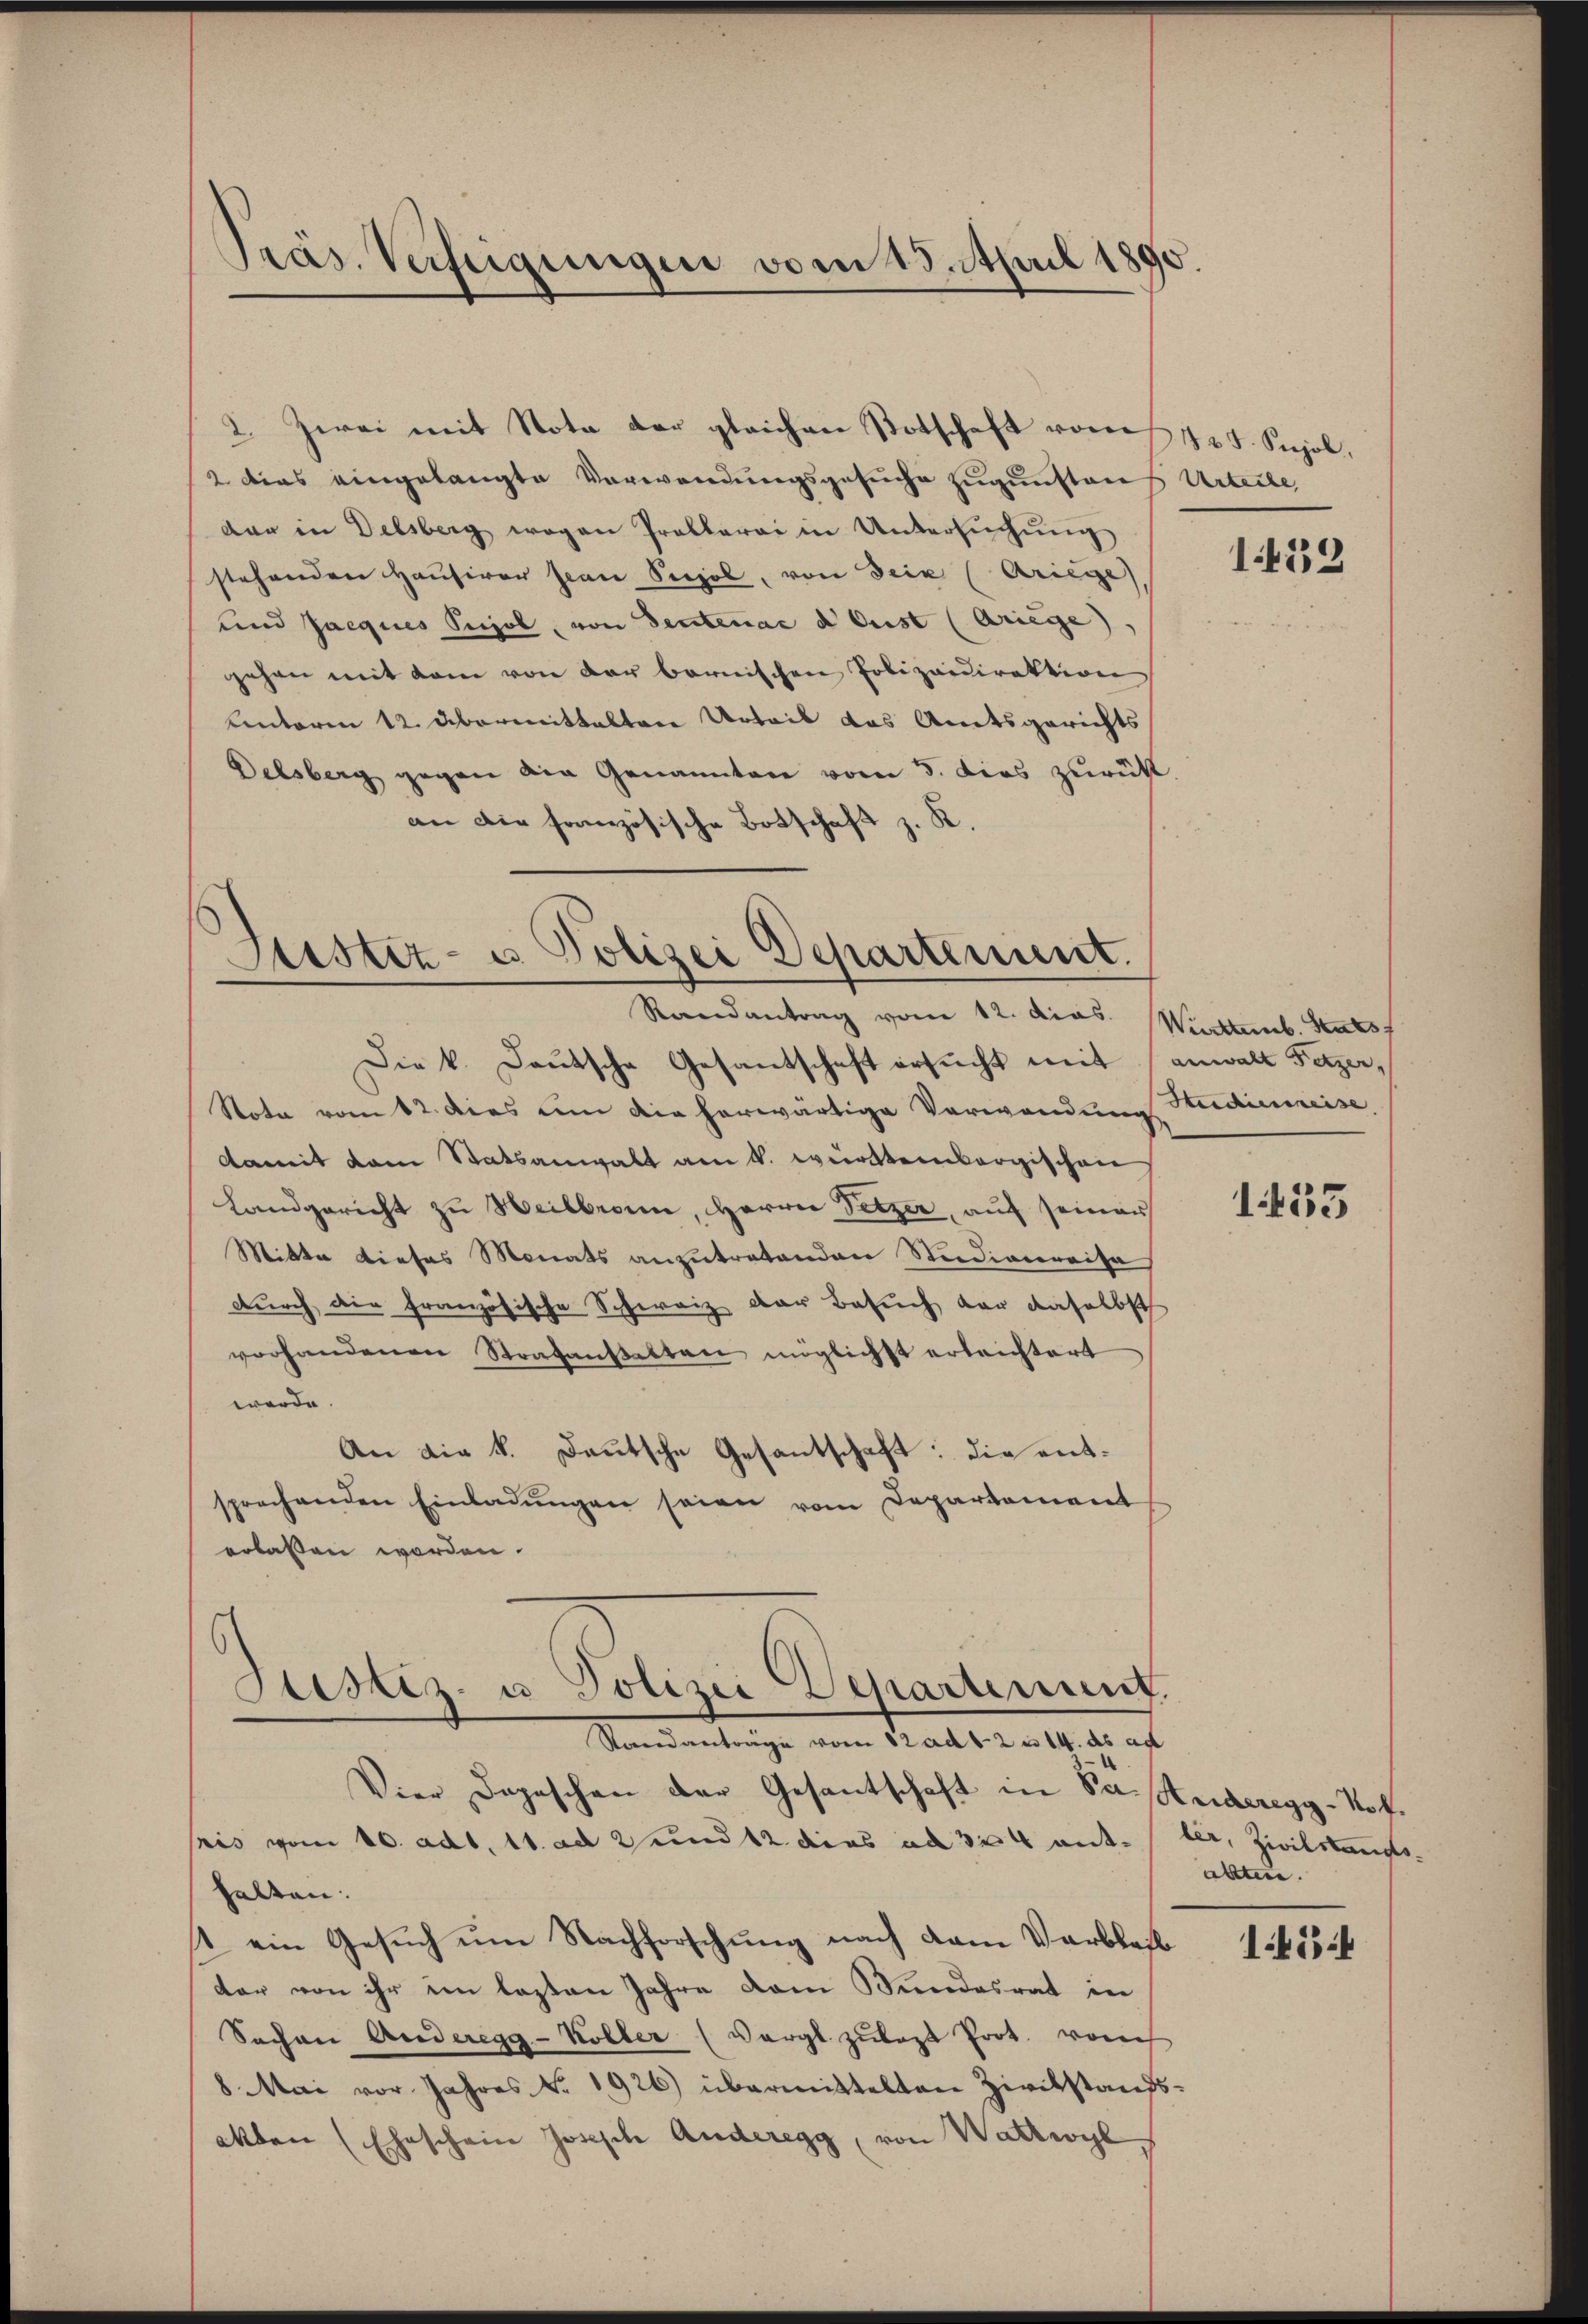
Präs. Verfügungen vom 13. April 1890.

2 dies eingelangte Verwendungsgesuche zugunsteres Urteile
dar in Delsberg wegen Prollarii in Untersŭchŭng
stehenden Hausirer Jean Seegel, von Dein (Kriege,
und Jacques Pujol, von deutenae d. Cust (Ariege
gehen mit dem von der bernischen Polizeidirektion
Unterm 12. übermittalten Urteil das Amtsgerichts
Delsberg gegen die Genannten vom 5. dies zurückt.
an die französische Botschaft z. R.

Die k. Deutsche Gesantschaft ersucht mit anwalt Fetzer,
Nota vom 12. dies um die herwärtige Verwendung Studienreise,
damit dem Statsanwalt am 1. württembergischen
Landgericht zu Heilbronn, Herrn Setzer, auf seiner
Mitte dieses Monats anzutretenden Studiarereisa
durch die französische Schweiz der Besuch vor daselbst
vorhandenen Strafanstatten möglichst erleichtert
werde.
An die k. Deutsche Gesantschaft: Die entsprechenden Einladŭngen seien vom Departement
erlassen worden.

2. Zwei mit Nota der gleichen Potschaft vom 125. Sujol,

Justiz- u. Polizei Departement.
Randantrag vom 12. dies. Württemb. Halst

Stestiz- u. Polizei Departement.
Standanträge vom 12 ad 12 u. 14. ds ad

Vier Depeschen der Gesandtschaft in Petrieregg-Not.
seis vom 10. ad1. 11. ad 2 und 12 dies ad 324 antter, Zivilstandshalten.
t ein Gesuch um Nachforschung nach dem Verbleib
der von ihr im lezten Jahre dem Mundesrat in
Sachen Anderegg-Koller (vergl. zulast Prot. ronch
8 Mai vor Jahres No. 1926) übermittelten Zivilstands-
akten (Eheschein Joseph Anderegg, von Wattwyl

1439

1455

altten.

1454